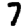
Digit: 7